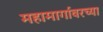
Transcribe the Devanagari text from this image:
महामार्गावरच्या